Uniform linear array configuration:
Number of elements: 12
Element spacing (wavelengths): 0.5
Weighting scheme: hann
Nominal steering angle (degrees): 30
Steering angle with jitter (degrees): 29.262
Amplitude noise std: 0.05
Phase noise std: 0.05

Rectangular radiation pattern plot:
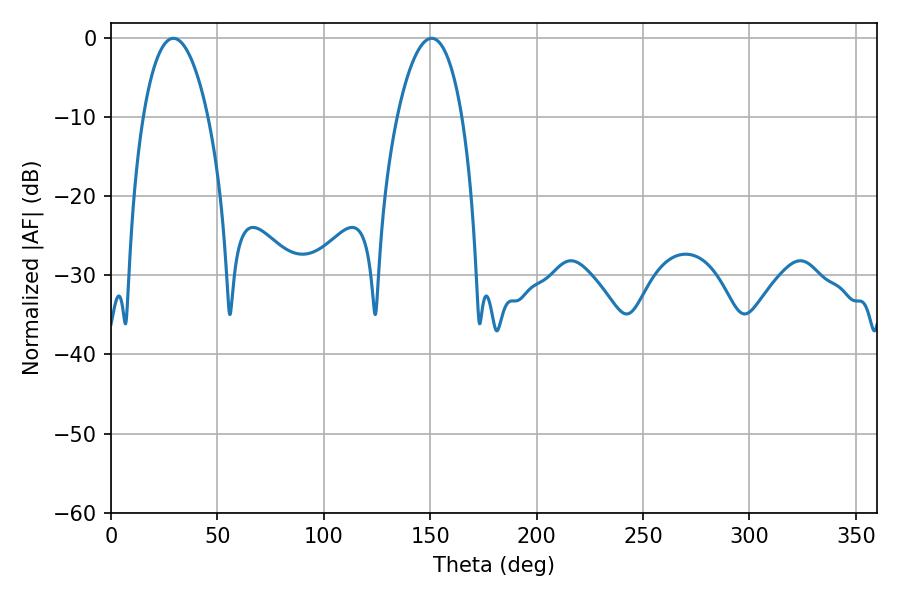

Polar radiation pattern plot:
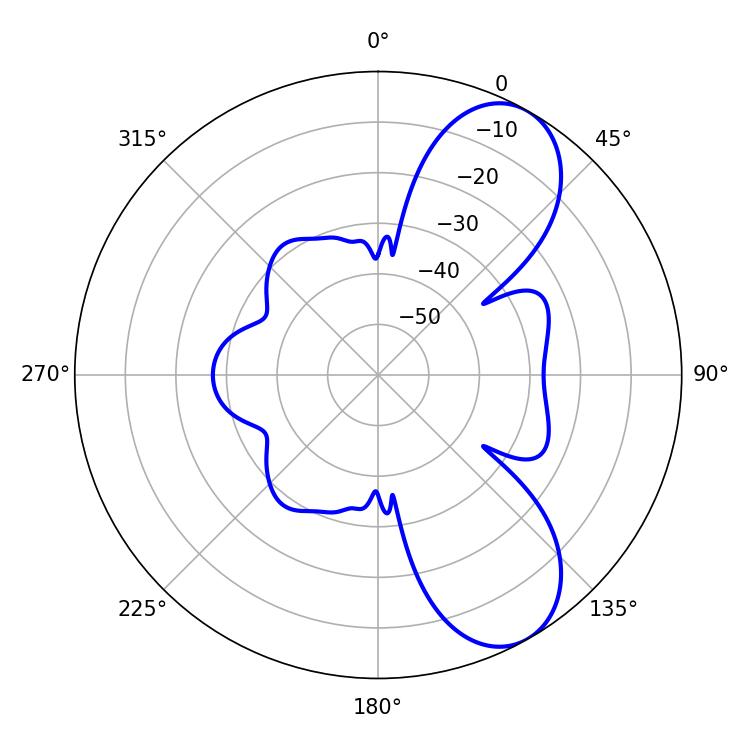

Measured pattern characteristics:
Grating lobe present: FALSE
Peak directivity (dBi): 8.052
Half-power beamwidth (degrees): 17.1
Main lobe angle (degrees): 29.34